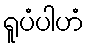
ရူပံပါဟံ